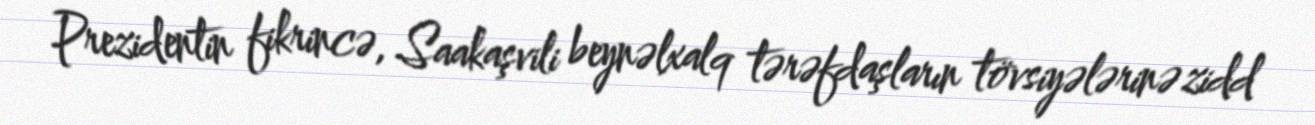
Prezidentin fikrincə, Saakaşvili beynəlxalq tərəfdaşların tövsiyələrinə zidd